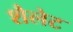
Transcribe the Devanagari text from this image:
शैलेट